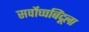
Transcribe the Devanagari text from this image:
सर्वोच्चबिंदूला